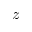
z